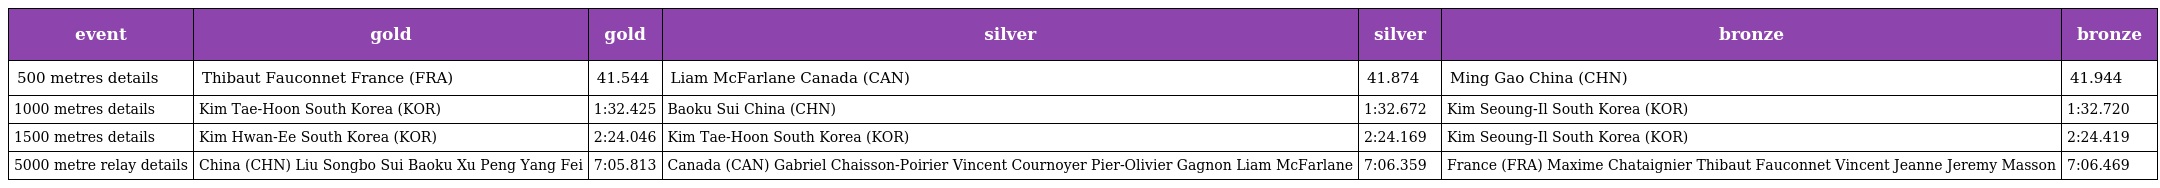
| event | gold | gold | silver | silver | bronze | bronze |
 | --- | --- | --- | --- | --- | --- | --- |
 | 500 metres details | Thibaut Fauconnet France (FRA) | 41.544 | Liam McFarlane Canada (CAN) | 41.874 | Ming Gao China (CHN) | 41.944 |
 | 1000 metres details | Kim Tae-Hoon South Korea (KOR) | 1:32.425 | Baoku Sui China (CHN) | 1:32.672 | Kim Seoung-Il South Korea (KOR) | 1:32.720 |
 | 1500 metres details | Kim Hwan-Ee South Korea (KOR) | 2:24.046 | Kim Tae-Hoon South Korea (KOR) | 2:24.169 | Kim Seoung-Il South Korea (KOR) | 2:24.419 |
 | 5000 metre relay details | China (CHN) Liu Songbo Sui Baoku Xu Peng Yang Fei | 7:05.813 | Canada (CAN) Gabriel Chaisson-Poirier Vincent Cournoyer Pier-Olivier Gagnon Liam McFarlane | 7:06.359 | France (FRA) Maxime Chataignier Thibaut Fauconnet Vincent Jeanne Jeremy Masson | 7:06.469 |